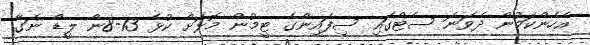
އެހެންކަމުން ދެވަނަ ސެޓްގައި ސިފައިންގެ ޓީމުން މޮޅަށް ކުޅެ 13-8ން ލީޑް ނަގާ